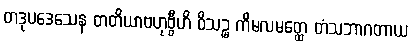
တဒုပဒေသေန တတိယာဗဟုဗ္ဗီဟိ ဝိသဉ္စ ကိမလမတ္ထေ တံသဘာဂတာယ